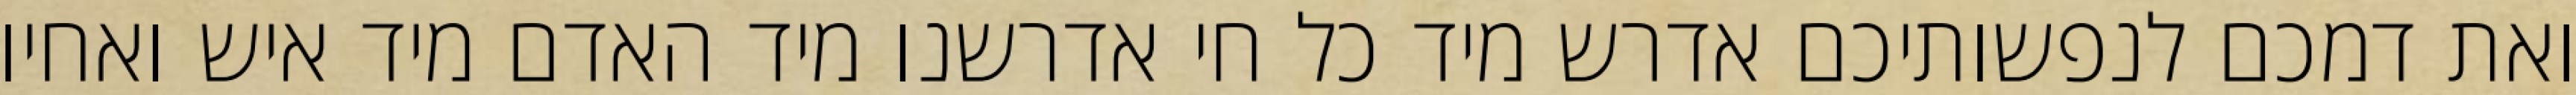
ואת דמכם לנפשותיכם אדרש מיד כל חי אדרשנו מיד האדם מיד איש ואחיו